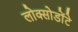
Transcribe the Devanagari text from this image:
लोक्सोडोंटे